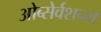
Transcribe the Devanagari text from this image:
ओब्सेर्वशन्स